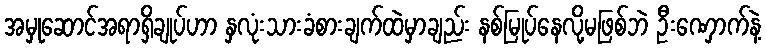
အမှုဆောင်အရာရှိချုပ်ဟာ နှလုံးသားခံစားချက်ထဲမှာချည်း နစ်မြုပ်နေလို့မဖြစ်ဘဲ ဦးဏှောက်နဲ့